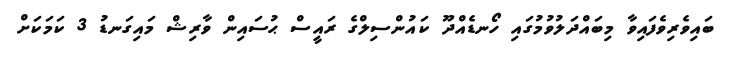
ބައިވެރިވެފައިވާ މިބައްދަލުވުމުގައި ހޯނޑެއްދޫ ކައުންސިލްގެ ރައީސް ޙުސައިން ވާރިޝް މައިގަނޑު 3 ކަމަކަށް